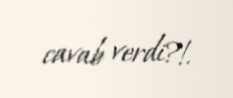
cavab verdi?!.